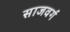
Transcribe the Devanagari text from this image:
साजवर्ग